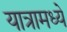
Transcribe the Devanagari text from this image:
यात्रामध्ये